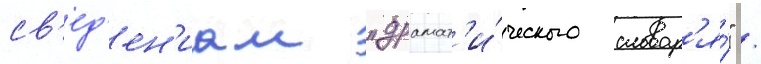
св'ед'ен'иам "драмат'и́ческого словар'я́" /